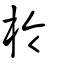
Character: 柃